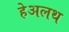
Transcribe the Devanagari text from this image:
हेअलथ